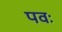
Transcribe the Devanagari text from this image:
पवः